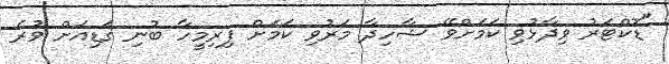
"ޑޮކްޓަރު ވިދާޅުވި ކަމަށްވޭ ޝާހިދާ މަރުވި ކަމަށް ފިރިމީހާ ބުނި ގަޑިއަށް ވުރެ